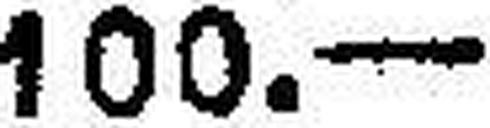
100.—